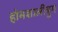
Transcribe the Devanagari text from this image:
होमशालीबुग